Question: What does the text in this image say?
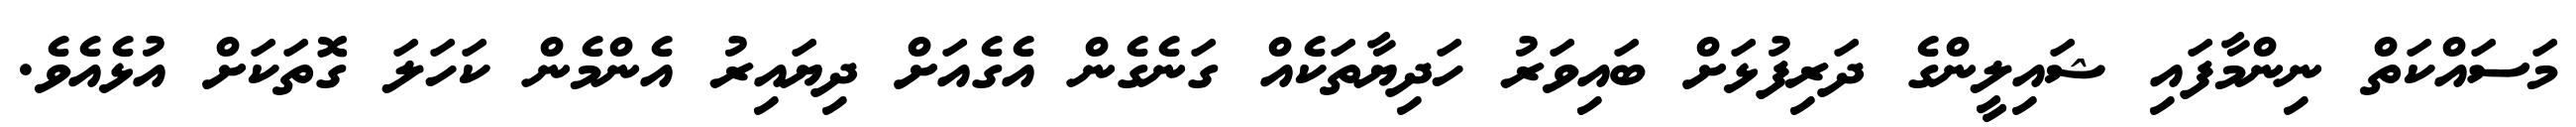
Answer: މަސައްކަތް ނިންމާފައި ޝައިލީންގެ ދަރިފުޅަށް ބައިވަރު ހަދިޔާތަކެއް ގަނެގެން އެގެއަށް ދިޔައިރު އެންމެން ކަހަލަ ގޮތަކަށް އުޅެއެވެ.